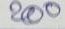
200